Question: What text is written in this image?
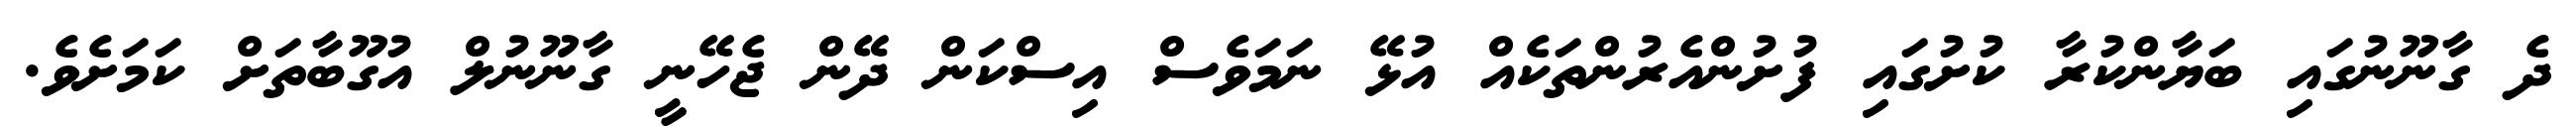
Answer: ދެ ގާނޫނުގައި ބަޔާންކުރާ ކުށުގައި ފުށުންއެރުންތަކެއް އުޅޭ ނަމަވެސް އިސްކަން ދޭން ޖެހޭނީ ގާނޫނުލް އުގޫބާތަށް ކަމަށެވެ.